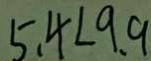
5 . 4 < 9 . 9